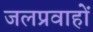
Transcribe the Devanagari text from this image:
जलप्रवाहों